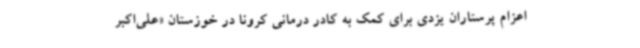
اعزام پرستاران یزدی برای کمک به کادر درمانی کرونا در خوزستان «علی‌اکبر